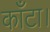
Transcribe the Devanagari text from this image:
काँटा।